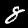
Label: 8